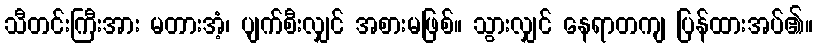
သီတင်းကြီးအား မတားအံ့၊ ပျက်စီးလျှင် အစားမဖြစ်။ သွားလျှင် နေရာတကျ ပြန်ထားအပ်၏။